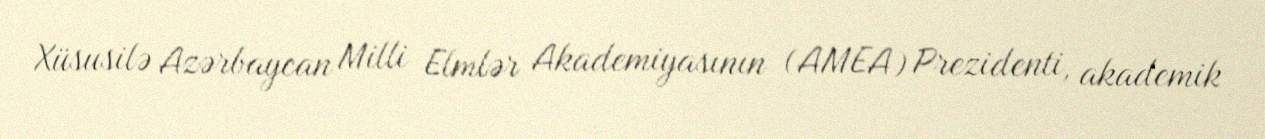
Xüsusilə Azərbaycan Milli Elmlər Akademiyasının (AMEA) Prezidenti, akademik